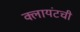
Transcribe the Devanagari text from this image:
क्लायंटची